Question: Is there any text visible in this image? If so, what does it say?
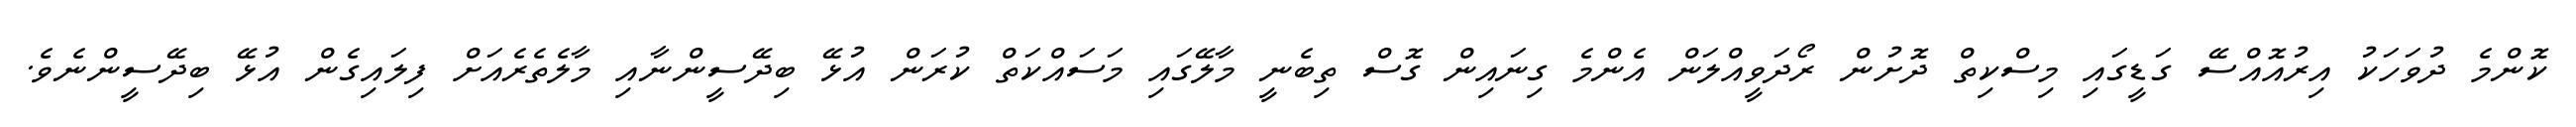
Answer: ކޮންމެ ދުވަހަކު އިރުއޮއްސޭ ގަޑީގައި މިސްކިތް ދޮށުން ރޯދަވީއްލަން އެންމެ ގިނައިން ގޮސް ތިބެނީ މާލޭގައި މަސައްކަތް ކުރަން އުޅޭ ބިދޭސީންނާއި މާލެތެރެއަށް ފިލައިގެން އުޅޭ ބިދޭސީންނެވެ.